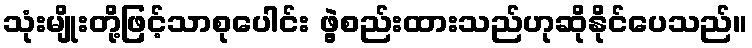
သုံးမျိုးတို့ဖြင့်သာစုပေါင်း ဖွဲ့စည်းထားသည်ဟုဆိုနိုင်ပေသည်။